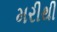
મરીથી